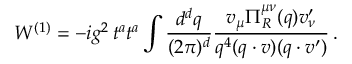
W ^ { ( 1 ) } = - i g ^ { 2 } \, t ^ { a } t ^ { a } \int \frac { d ^ { d } q } { ( 2 \pi ) ^ { d } } \frac { v _ { \mu } { \mit \Pi } _ { R } ^ { \mu \nu } ( q ) v _ { \nu } ^ { \prime } } { q ^ { 4 } ( q \cdot v ) ( q \cdot v ^ { \prime } ) } \, .